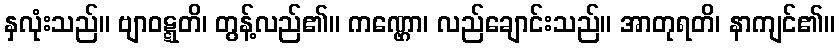
နှလုံးသည်။ ဗျာဝဋ္ဋတိ၊ တွန့်လည်၏။ ကဏ္ဌော၊ လည်ချောင်းသည်။ အာတုရတိ၊ နာကျင်၏။